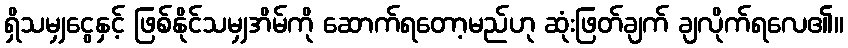
ရှိသမျှငွေနှင့် ဖြစ်နိုင်သမျှအိမ်ကို ဆောက်ရတော့မည်ဟု ဆုံးဖြတ်ချက် ချလိုက်ရလေ၏။